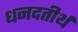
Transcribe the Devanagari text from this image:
धनदतीर्थ